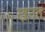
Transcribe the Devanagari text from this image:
खनत